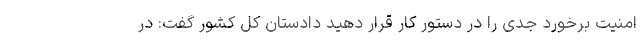
امنیت برخورد جدی را در دستور کار قرار دهید دادستان کل کشور گفت: در